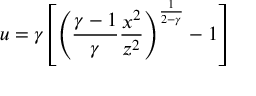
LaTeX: u = \gamma \left[ \left( { \frac { \gamma - 1 } { \gamma } } { \frac { x ^ { 2 } } { z ^ { 2 } } } \right) ^ { \frac { 1 } { 2 - \gamma } } - 1 \right]